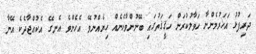
ދަރިފުޅު އަހަރުމެންނާ ހަވާލުކުރަން ހަޤީޤަތުގައި ބޭނުންވާހެނެއް ހިޔެއްނުވޭ އެހެންވެ އެނގޭ އެކުއްޖާދެކެ އޭނާ